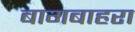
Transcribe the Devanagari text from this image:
बागबाहरा